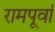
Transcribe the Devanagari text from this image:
रामपूर्वा